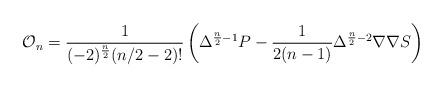
LaTeX: \begin{align*} \mathcal{O}_n = \frac{1}{(-2)^{\frac{n}{2}}(n/2 - 2)!}\left(\Delta^{\frac{n}{2}-1}P -\frac{1}{2(n-1)}\Delta^{\frac{n}{2}-2}\nabla\nabla S\right)\end{align*}